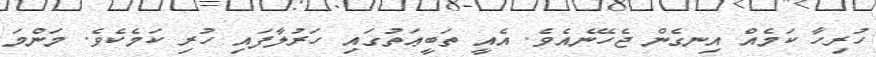
ހުރިހާ ކަމެއް އިނގެން ޖެހޭނެއެވެ. އެއީ ތަބީޢަތުގައި ހަރުލާފައި ހުރި ކަމެކެވެ. މަންމަ